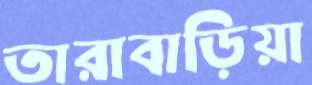
তারাবাড়িয়া